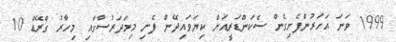
1999 ވަނަ އަހަރުންފެށިގެން ސެކަންޑަރީއަށް ކިޔަވައިދޭން ފެށި މިމަދަރުސާގައި މިހާރު ގްރޭޑް 10